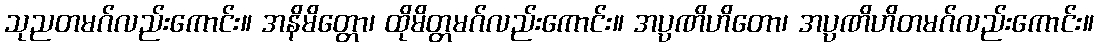
သုညတမဂ်လည်းကောင်း။ အနိမိတ္တော၊ ထိုမိတ္တမဂ်လည်းကောင်း။ အပ္ပဏိဟိတော၊ အပ္ပဏိဟိတမဂ်လည်းကောင်း။